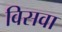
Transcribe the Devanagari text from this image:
विसवा